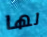
لها